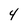
Character: 4